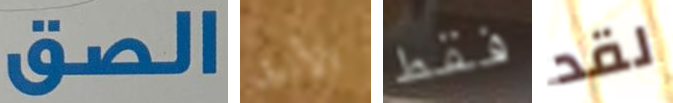
الصق الأنيق فقط لقد